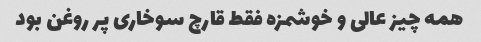
همه چیز عالی و خوشمزه فقط قارچ سوخاری پر روغن بود